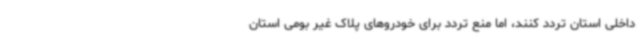
داخلی استان تردد کنند، اما منع تردد برای خودروهای پلاک غیر بومی استان